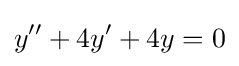
y''+4y'+4y=0